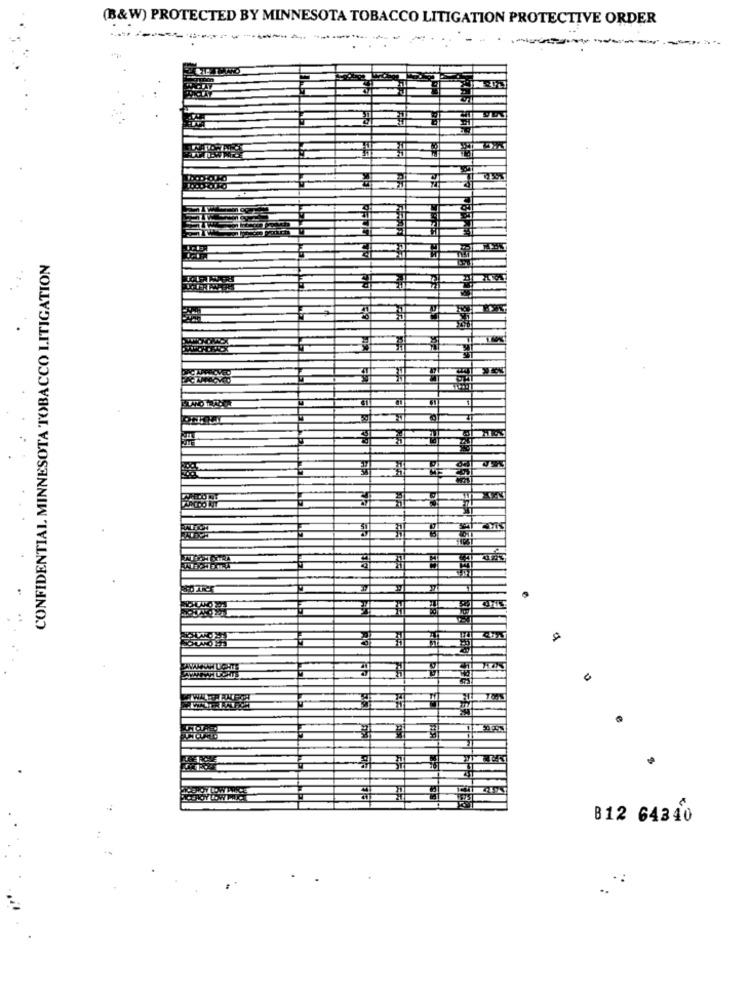
(B&W) PROTECTED BY MINNESOTA TOBACCO LITIGATION PROTECTIVE ORDER
...
THEA
CONFIDENTIAL MINNESOTA TOBACCO LITIGATION
JAWAAH UCHT
B12 64340